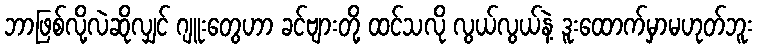
ဘာဖြစ်လို့လဲဆိုလျှင် ဂျူးတွေဟာ ခင်ဗျားတို့ ထင်သလို လွယ်လွယ်နဲ့ ဒူးထောက်မှာမဟုတ်ဘူး